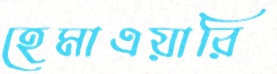
হেমাএয়ারি